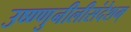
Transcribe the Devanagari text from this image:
उष्ण्णुनीलीसंदेशम्